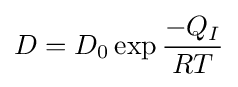
D=D_{0}\exp {\frac {-Q_{I}}{RT}}